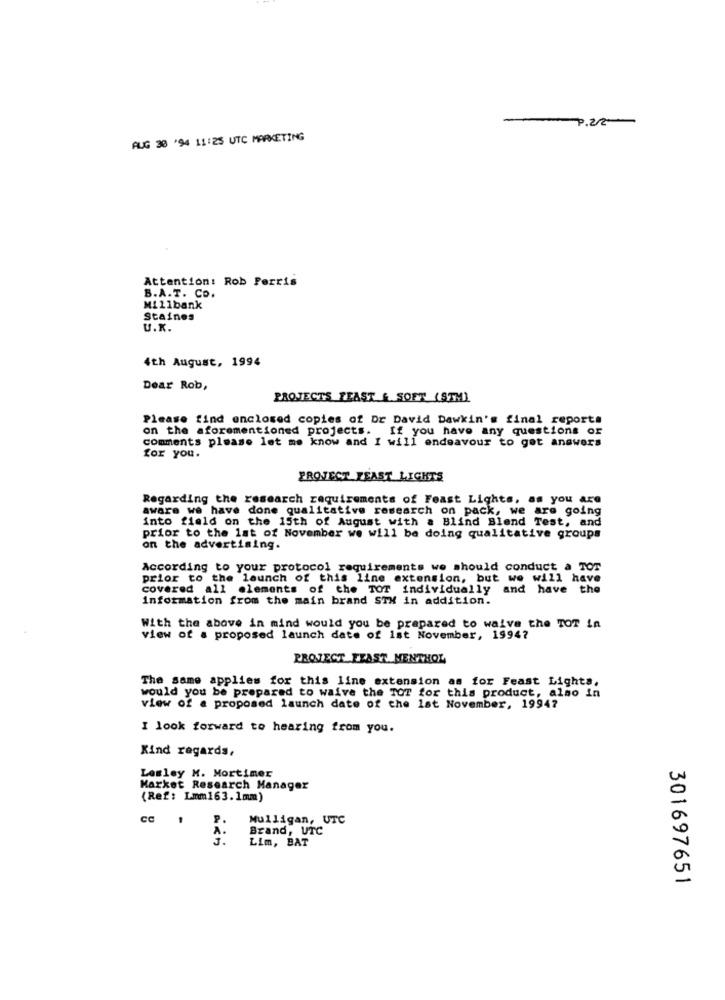
-1.2/2
AUG 38 '94 11:25 UTC MARKETING
Attention: Rob Perris
B.A.T. Co.
Millbank
Staines
U.K.
4th August, 1994
Dear Rob,
PROJECTS FEAST & SOFT (STM)
Please find enclosed copies of Dr David Dawkin's final reports
on the aforementioned projects. If you have any questions or
comments please let me know and I will endeavour to get answers
for you.
PROJECT FEAST LIGHTS
Regarding the research requirements of Feast Lights, as you are
aware we have done qualitative research on pack, we are going
into field on the 15th of August with a Blind Blend Test, and
prior to the lat of November we will be doing qualitative groups
on the advertising.
According to your protocol requirements we should conduct a TOT
prior to the launch of this line extension, but we will have
covered all elements of the TOT individually and have the
Information from the main brand STM in addition.
With the above in mind would you be prepared to waive the TOT in
view of a proposed launch date of lst November, 1994?
PROJECT FEAST MENTHOL
The same applies for this line extension as for Feast Lights,
would you be prepared to waive the TOT for this product, almo in
view of a proposed launch date of the lat November, 19947
I look forward to hearing from you.
Kind regards,
Lesley M. Mortimer
Market Research Manager
(Ref: Lmm163.1mm)
CC
Mulligan, UTC
A.
Brand, UTC
3.
Lim, BAT
301697651